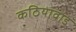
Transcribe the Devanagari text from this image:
कठियावाड